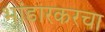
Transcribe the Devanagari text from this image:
भांडारकरचा